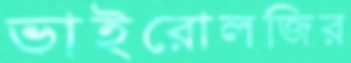
ভাইরোলজির